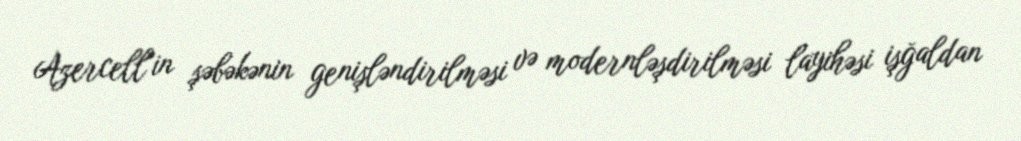
Azercell"in şəbəkənin genişləndirilməsi və modernləşdirilməsi layihəsi işğaldan